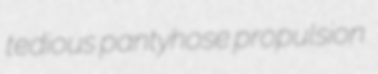
tedious pantyhose propulsion